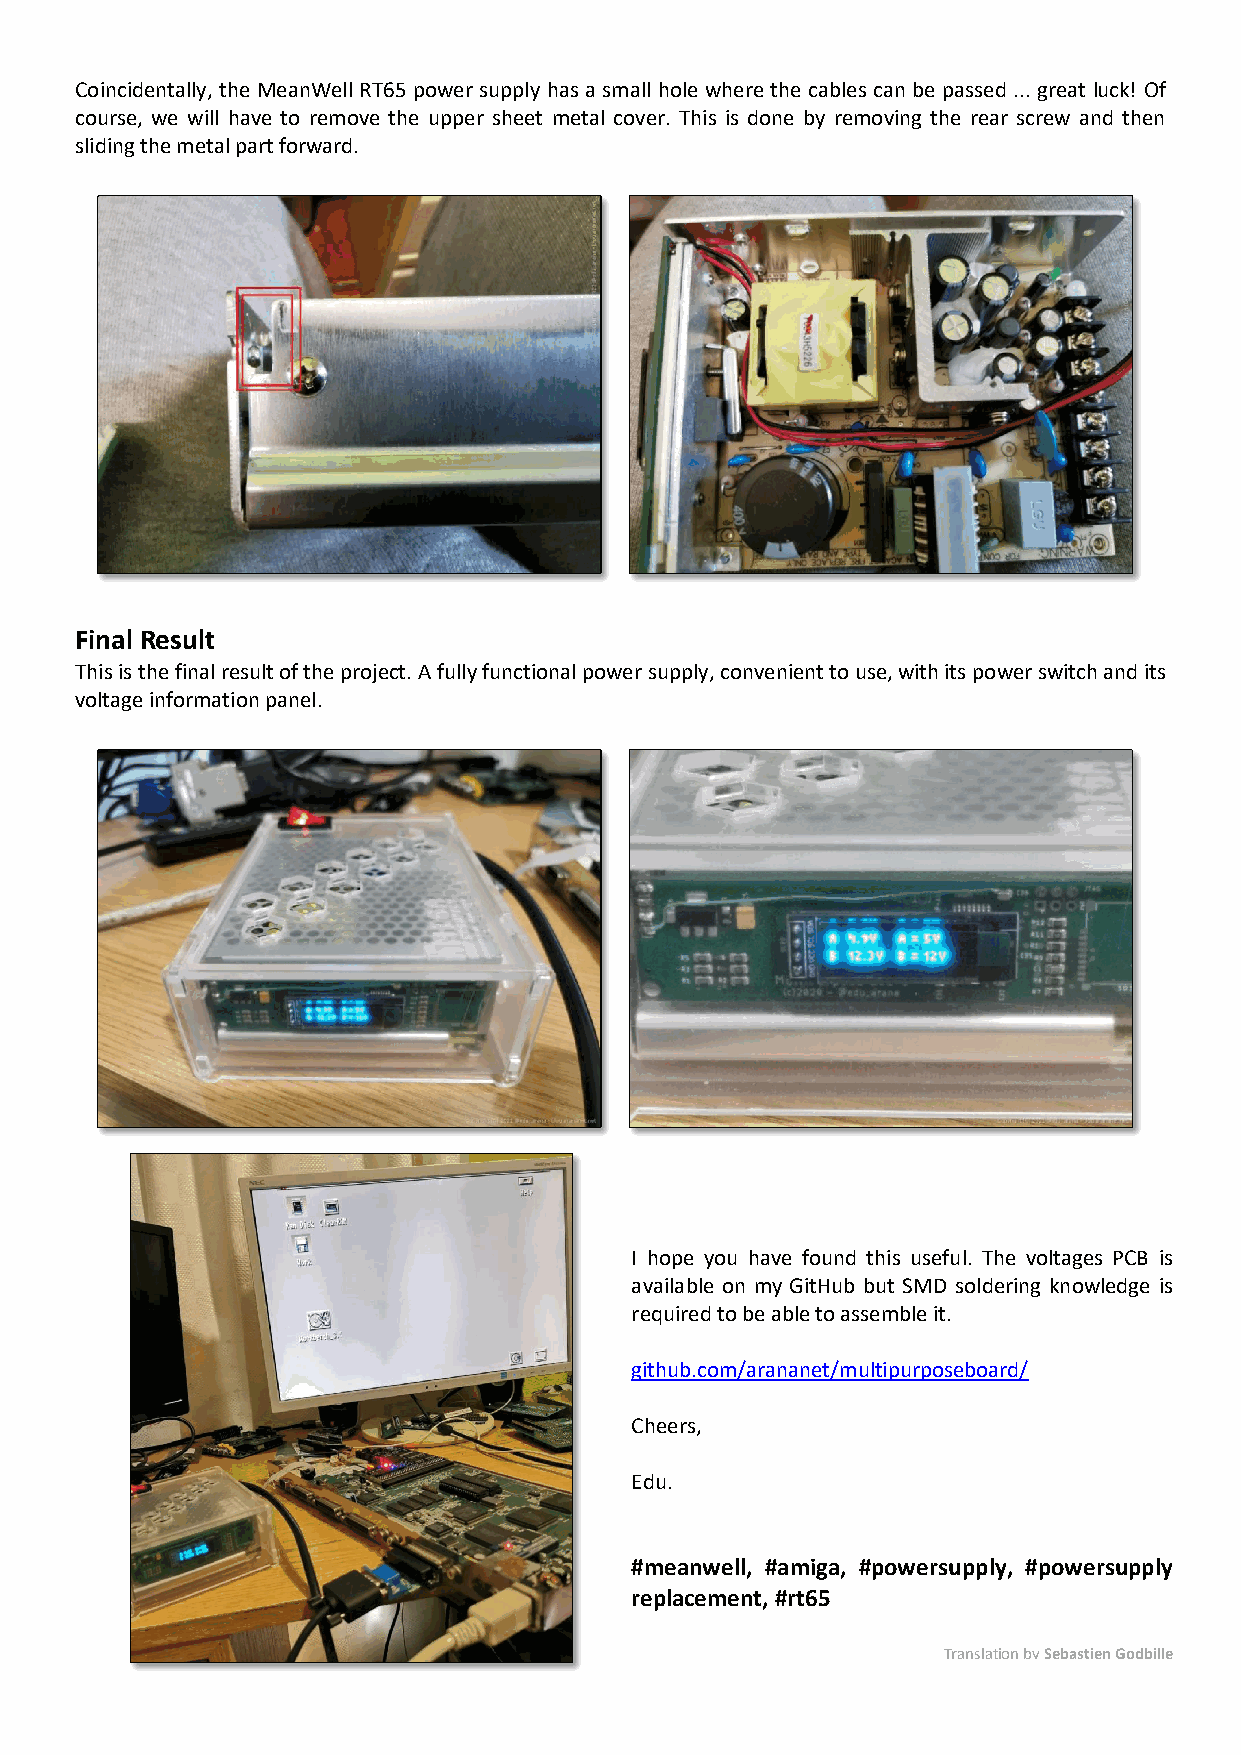
Coincidentally, the MeanWell RT65 power supply has a small hole where the cables can be passed ... great luck! Of
 course, we will have to remove the upper sheet metal cover. This is done by removing the rear screw and then
 sliding the metal part forward.
 Final Result
 This is the final result of the project. A fully functional power supply, convenient to use, with its power switch and its
 voltage information panel.
 I hope you have found this useful. The voltages PCB is
 available on my GitHub but SMD soldering knowledge is
 required to be able to assemble it.
 github.com/arananet/multipurposeboard/
 Cheers,
 Edu.
 #meanwell, #amiga, #powersupply, #powersupply
 replacement, #rt65
 Translation by Sebastien Godbille